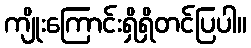
ကျိုးကြောင်းရှိရှိတင်ပြပါ။